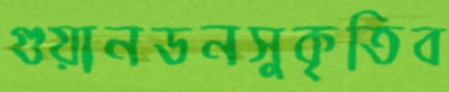
গুয়ানডনসুকৃতিব